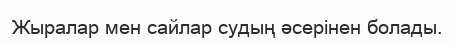
Жыралар мен сайлар судың әсерінен болады.